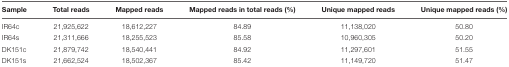
| Sample | Total reads | Mapped reads | Mapped reads in total reads (%) | Unique mapped reads | Unique mapped reads (%) |
 | --- | --- | --- | --- | --- | --- |
 | IR64c | 21,925,622 | 18,612,227 | 84.89 | 11,138,020 | 50.80 |
 | IR64s | 21,311,666 | 18,255,523 | 85.58 | 10,960,305 | 50.20 |
 | DK151c | 21,879,742 | 18,540,441 | 84.92 | 11,297,601 | 51.55 |
 | DK151s | 21,662,524 | 18,502,367 | 85.42 | 11,149,720 | 51.47 |